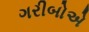
ગરીબોએ